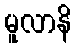
မူလာနိ